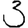
Digit: 3